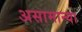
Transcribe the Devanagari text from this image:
असामान्या